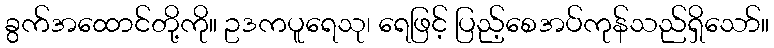
ခွက်အထောင်တို့ကို။ ဥဒကပူရေသု၊ ရေဖြင့် ပြည့်စေအပ်ကုန်သည်ရှိသော်။